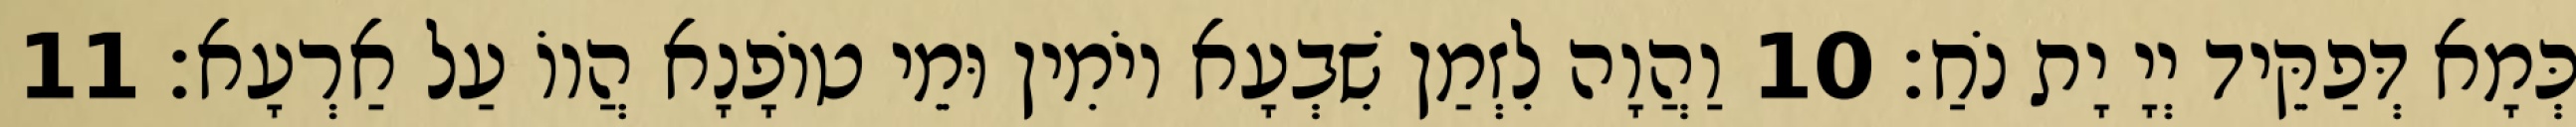
כְּמָא דְּפַקֵּיד יְיָ יָת נֹחַ׃ 10 וַהֲוָה לִזְמַן שִׁבְעָא יוֹמִין וּמֵי טוֹפָנָא הֲווֹ עַל אַרְעָא׃ 11